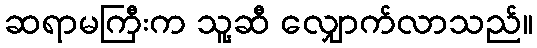
ဆရာမကြီးက သူ့ဆီ လျှောက်လာသည်။